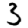
Digit: 3